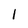
Character: 1